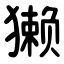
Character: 獭